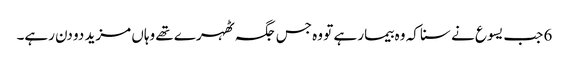
6 جب یسوع نے سنا کہ وہ بیمار ہے تو وہ جس جگہ ٹھہرے تھے وہاں مزید دو دن رہے۔